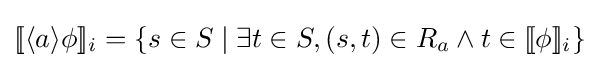
[\![\langle a\rangle \phi ]\!]_{i}=\{s\in S\mid \exists t\in S,(s,t)\in R_{a}\wedge t\in [\![\phi ]\!]_{i}\}